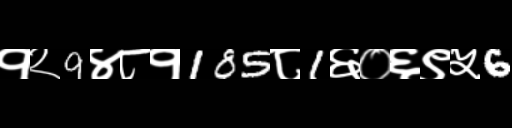
Text: १२9४८१185८1६०६९५6